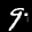
Label: 9